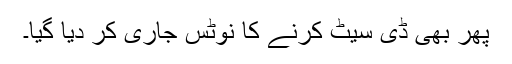
پھر بھی ڈی سیٹ کرنے کا نوٹس جاری کر دیا گیا۔